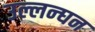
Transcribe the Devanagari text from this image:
उल्लन्घन